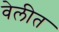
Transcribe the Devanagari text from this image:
वेलीत